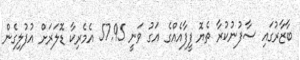
ބާޒާރުގައި ސާފުނުކުރާ ތެޔޮ ފީފާއެއްގެ އަގު ވަނީ 57.95 އެމެރިކާ ޑޮލަރަށް އުފުލިގެން